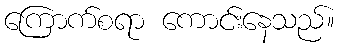
ကြောက်စရာ ကောင်းနေသည်။